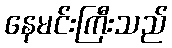
နေမင်းကြီးသည်